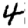
Digit: 4